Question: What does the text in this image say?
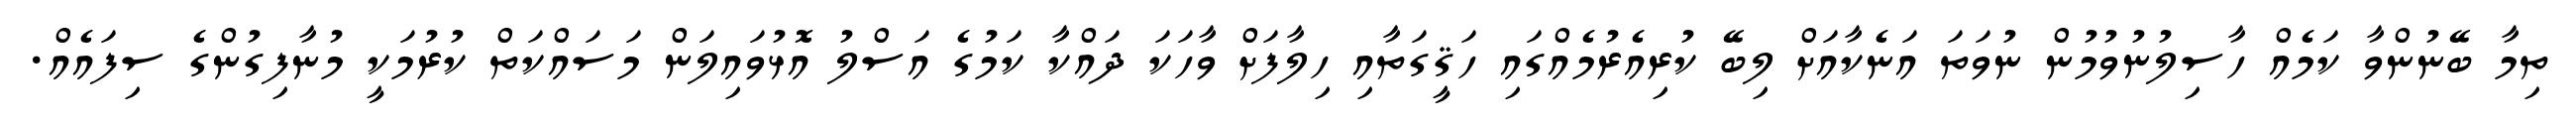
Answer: ތިމާ ބޭނުންވާ ކަމެއް ހާސިލުނުވުމުން ނުވަތަ އަނެކާއަށް ލިބޭ ކުރިއެރުމެއްގައި ހަޤީގަތާއި ހިލާފަށް ވާހަކަ ދައްކާ ކަމުގެ އަސްލު އޮޅުވައިލަން މަސައްކަތް ކުރުމަކީ މުނާފިގުންގެ ސިފައެއް.